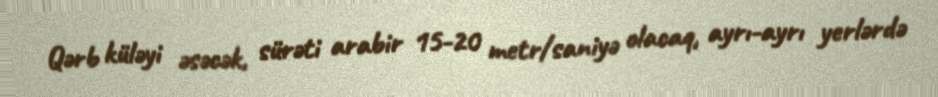
Qərb küləyi əsəcək, sürəti arabir 15-20 metr/saniyə olacaq, ayrı-ayrı yerlərdə